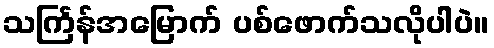
သင်္ကြန်အမြောက် ပစ်ဖောက်သလိုပါပဲ။